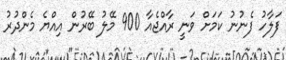
ފަލާހު ފެނުނު ކަމަށް ވަނީ ރާއްޖެއާ 900 މޭލު ބޭރުން އިއްޔެ މެންދުުރު